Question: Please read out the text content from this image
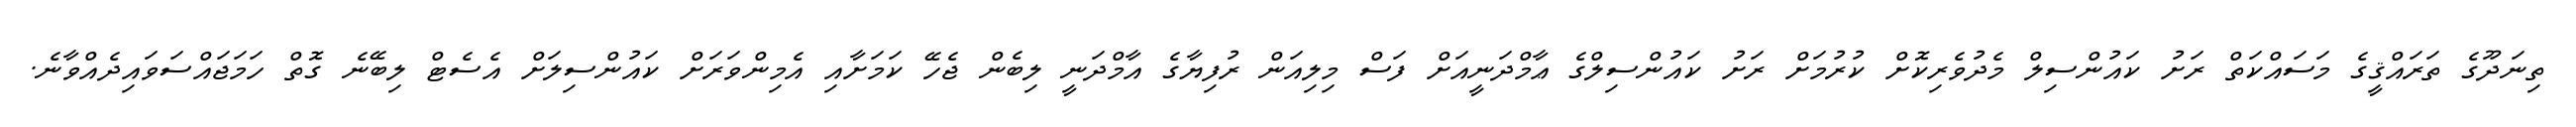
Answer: ތިނަދޫގެ ތަރައްޤީގެ މަސައްކަތް ރަށު ކައުންސިލް މެދުވެރިކޮށް ކުރުމަށް ރަށު ކައުންސިލްގެ ޢާމްދަނީއަށް ފަސް މިލިއަން ރުފިޔާގެ އާމްދަނީ ލިބެން ޖެހޭ ކަމަށާއި އެމިންވަރަށް ކައުންސިލަށް އެސެޓް ލިބޭނެ ގޮތް ހަމަޖައްސަވައިދެއްވާނެ.